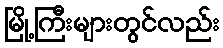
မြို့ကြီးများတွင်လည်း